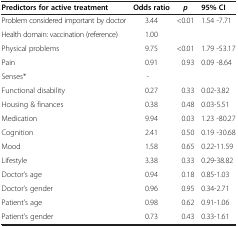
| Predictors for active treatment | Odds ratio | p | 95% CI |
 | --- | --- | --- | --- |
 | Problem considered important by doctor | 3.44 | <0.01 | 1.54 -7.71 |
 | Health domain: vaccination (reference) | 1.00 |  |  |
 | Physical problems | 9.75 | <0.01 | 1.79 -53.17 |
 | Pain | 0.91 | 0.93 | 0.09 -8.64 |
 | Senses* | - |  |  |
 | Functional disability | 0.27 | 0.33 | 0.02-3.82 |
 | Housing & finances | 0.38 | 0.48 | 0.03-5.51 |
 | Medication | 9.94 | 0.03 | 1.23 -80.27 |
 | Cognition | 2.41 | 0.50 | 0.19 -30.68 |
 | Mood | 1.58 | 0.65 | 0.22-11.59 |
 | Lifestyle | 3.38 | 0.33 | 0.29-38.82 |
 | Doctor’s age | 0.94 | 0.18 | 0.85-1.03 |
 | Doctor’s gender | 0.96 | 0.95 | 0.34-2.71 |
 | Patient’s age | 0.98 | 0.62 | 0.91-1.06 |
 | Patient’s gender | 0.73 | 0.43 | 0.33-1.61 |